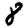
Digit: 8